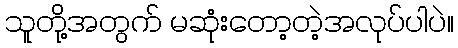
သူတို့အတွက် မဆုံးတော့တဲ့အလုပ်ပါပဲ။